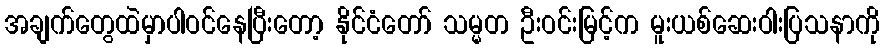
အချက်တွေထဲမှာပါဝင်နေပြီးတော့ နိုင်ငံတော် သမ္မတ ဦးဝင်းမြင့်က မူးယစ်ဆေးဝါးပြသနာကို